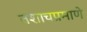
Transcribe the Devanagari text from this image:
तशाचप्रमाणे